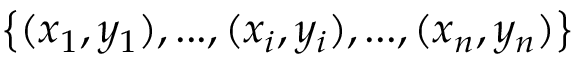
\left\{ ( x _ { 1 } , y _ { 1 } ) , . . . , ( x _ { i } , y _ { i } ) , . . . , ( x _ { n } , y _ { n } ) \right\}